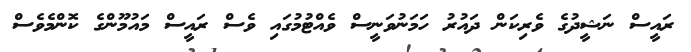
ރައީސް ނަޝީދުގެ ވެރިކަން ދައުރު ހަމަނުވަނީސް ވެއްޓުމުގައި ވެސް ރައީސް މައުމޫންގެ ކޮންމެވެސް